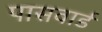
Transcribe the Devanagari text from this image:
पासवार्ड